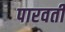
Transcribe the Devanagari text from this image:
पारवती